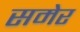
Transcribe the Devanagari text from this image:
समेर